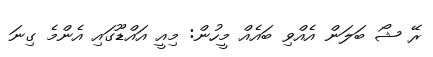
ރޭ ޝޯ ބަލަން އެއްވި ބައެއް މީހުން: މިއީ އައްޑޫގައި އެންމެ ގިނަ